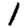
Digit: 1